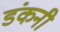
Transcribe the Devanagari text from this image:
डंकनी